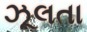
ઝૂલતા